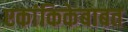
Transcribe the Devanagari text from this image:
एकांकिकेबाबत